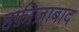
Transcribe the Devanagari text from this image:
हफ़ीज़ाबाद